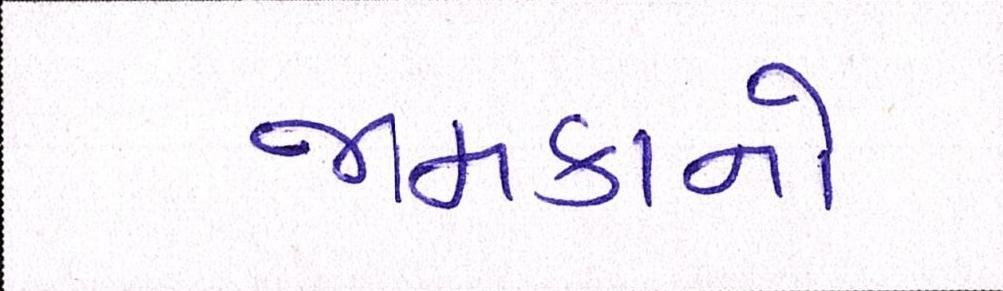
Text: જામકાનો